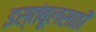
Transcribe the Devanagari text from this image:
इस्तंबूलसाठी